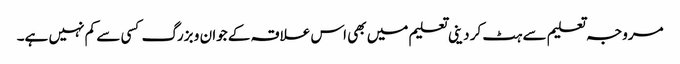
مروجہ تعلیم سے ہٹ کر دینی تعلیم میں بھی اس علاقہ کے جوان و بزرگ کسی سے کم نہیں ہے۔